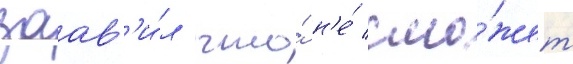
заав'и́л что́ н'е́ смо́жет